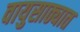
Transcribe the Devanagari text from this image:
वायुसाठ्यात